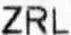
ZRL